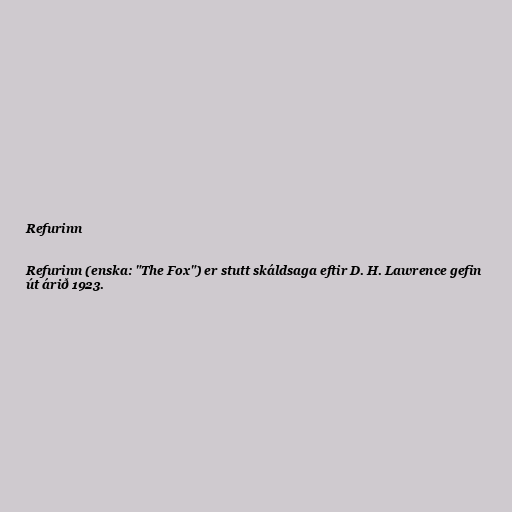
Refurinn

Refurinn (enska: "The Fox") er stutt skáldsaga eftir D. H. Lawrence gefin
út árið 1923.